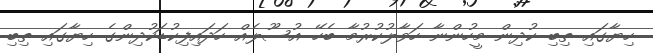
ހިޔާގައި ތިބި ކުދިން މީހުންނާ ހަވާލުކުރުމާ ބެހޭ އުސޫލެއް ހަދައިފިކުޑަކުދިންގެ ހިޔާގައި ތިބި